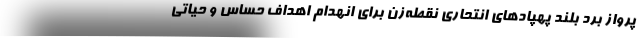
پرواز برد بلند پهپادهای انتحاری نقطه‌زن برای انهدام اهداف حساس و حیاتی